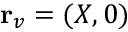
{ \bf r } _ { v } = ( X , 0 )